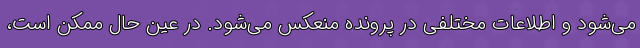
می‌شود و اطلاعات مختلفی در پرونده منعکس می‌شود. در عین حال ممکن است،